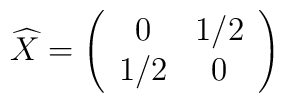
\widehat{X}= \left( \begin{array}{cc} 0 & 1/2 \\ 1/2 & 0 \end{array}\right)